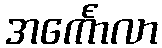
အင်္ကောလာ